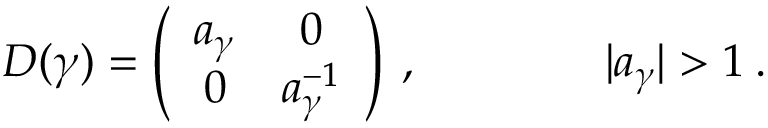
D ( \gamma ) = \left( \begin{array} { c c } { { a _ { \gamma } } } & { { 0 } } \\ { { 0 } } & { { a _ { \gamma } ^ { - 1 } } } \end{array} \right) \: , \qquad \qquad | a _ { \gamma } | > 1 \: .